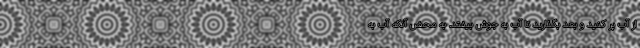
از آب پر کنید و بعد بگذارید تا آب به جوش بیفتد. به محض آنکه آب به